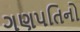
ગણપતિનો